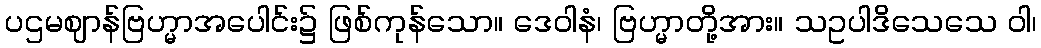
ပဌမဈာန်ဗြဟ္မာအပေါင်း၌ ဖြစ်ကုန်သော။ ဒေဝါနံ၊ ဗြဟ္မာတို့အား။ သဥပါဒိသေသေ ဝါ၊